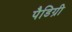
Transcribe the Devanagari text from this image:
पैडिग्री